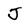
Character: J